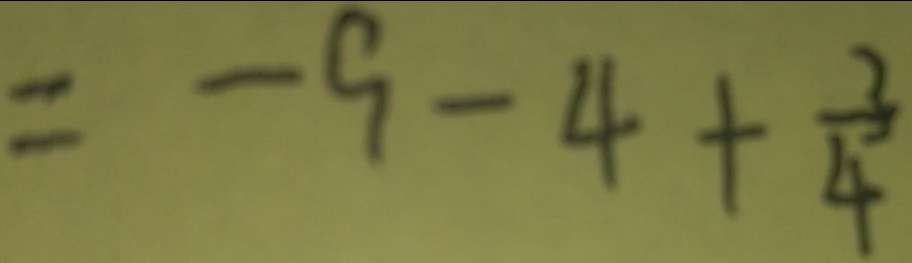
= - 9 - 4 + \frac { 3 } { 4 }